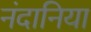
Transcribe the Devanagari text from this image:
नंदानिया